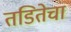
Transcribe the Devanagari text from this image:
तडितेचा